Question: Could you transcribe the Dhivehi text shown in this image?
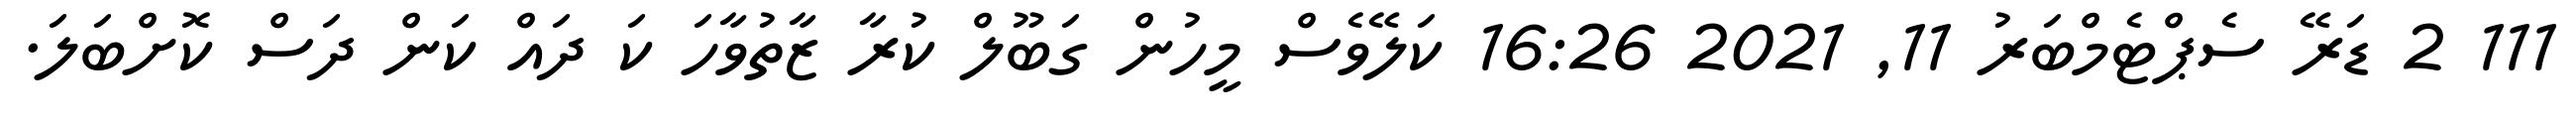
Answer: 111 2 ޑަރޭ ސެޕްޓެމްބަރު 11, 2021 16:26 ކަލޭވެސް މީހުން ގަބޫލް ކުރާ ޒާތުވާހަ ކަ ދައް ކަން ދަސް ކޮށްބަލަ.